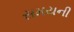
સમયની